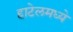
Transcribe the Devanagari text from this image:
हाटेलमध्ये